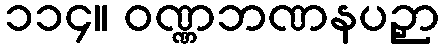
၁၁၄။ ဝဏ္ဏဘဏနပဉှာ